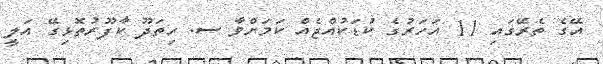
އޭގެ ތެރޭގައި 11 އަހަރުގެ ކުޑަކުއްޖެއް ކަމަށްވާ ސ. ހިތަދޫ ކާފޫރުތޮޅިގޭ އަލީ